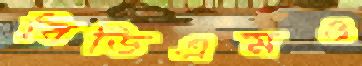
বিডিএমও